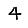
Digit: 4